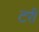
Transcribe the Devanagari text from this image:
टरी